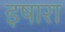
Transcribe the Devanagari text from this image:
इषारा